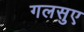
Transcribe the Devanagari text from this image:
गलसुए